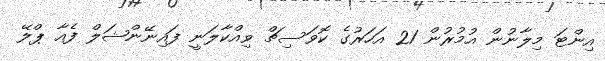
އިންޓަ މިލާނުން އުމުރުން 21 އަހަރުގެ ކޮވަސިޗް ވިއްކާލަނީ ފައިނޭންޝަލް ފެއާ ޕްލޭ